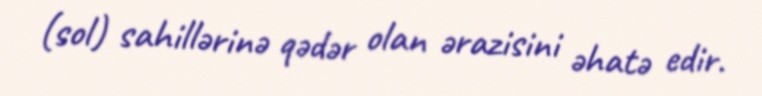
(sol) sahillərinə qədər olan ərazisini əhatə edir.